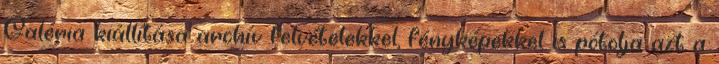
Galéria kiállítása archív felvételekkel, fényképekkel is pótolja azt a